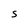
Character: S